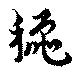
秋